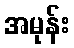
အမုန်း